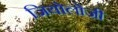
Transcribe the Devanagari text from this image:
जियोलोजी